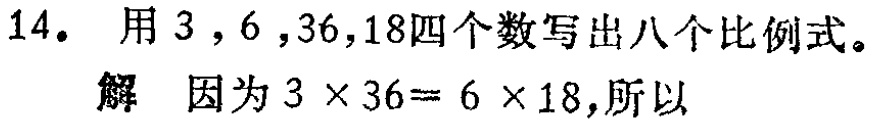
14. 用 \(3\)，\(6\)，\(36\)，\(18\)四个数写出八个比例式。

解 因为 \(3\times36 = 6\times18\)，所以